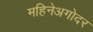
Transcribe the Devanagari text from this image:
महिनेअगोदर